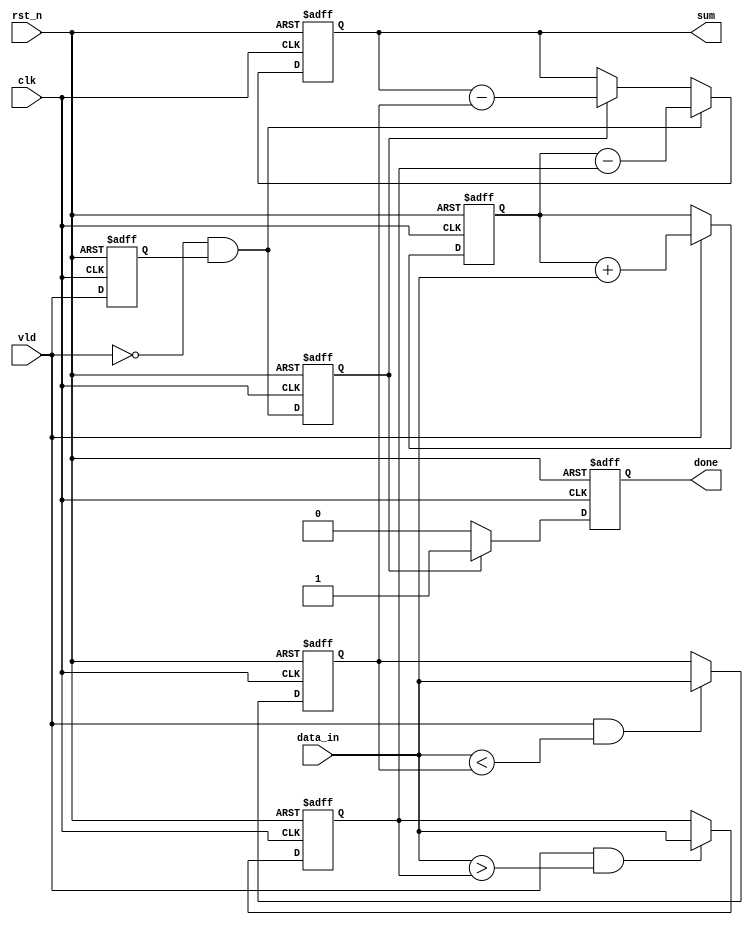
module moduleName (
    input clk,
    input rst_n,
    input vld,
    input [15:0] data_in,
    output reg [23:0] sum,
    output reg done,
);  

    reg [23:0] sum_all;
    reg vld_d1;
    wire fallen_vld;
    reg fallen_vld_d1;
    reg [15:0] max;
    reg [15:0] min;

    always @(posedge clk or negedge rst_n) begin
        if(!rst_n) 
            sum_all <= 'd0;
        else if(vld)
            sum_all <= sum_all + {8'd0, data_in};
    end


    always @(posedge clk or negedge rst_n) begin
        if(!rst_n) 
            vld_d1 <= 'd0;
        else 
            vld_d1 <=  vld;
    end    

    assign fallen_vld = !vld & vld_d1;

    always @(posedge clk or negedge rst_n) begin
        if(!rst_n) 
            fallen_vld_d1 <= 'd0;
        else 
            fallen_vld_d1 <=  fallen_vld;
    end    

    always @(posedge clk or negedge rst_n) begin
        if(!rst_n) 
            max <= 16'h0;
        else if(vld & (data_in > max))
            max <= data_in;
    end

    always @(posedge clk or negedge rst_n) begin
        if(!rst_n) 
            min <= 16'hffff;
        else if(vld & (data_in < min))
            min <= data_in;
    end

    always @(posedge clk or negedge rst_n) begin
        if(!rst_n) 
            sum <= 'd0;
        else if(fallen_vld)
            sum <= sum_all - max;
        else if(fallen_vld_d1)
            sum <= sum - min;        
    end
    
    always @(posedge clk or negedge rst_n) begin
        if(!rst_n) 
            done <= 'd0;
        else if(fallen_vld_d1)
            done <= 1'd1;
        else 
            done <= 'd0;
    end    

endmodule